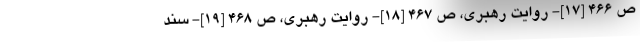
ص ۴۶۶ [۱۷]- روایت رهبری، ص ۴۶۷ [۱۸]- روایت رهبری، ص ۴۶۸ [۱۹]- سند